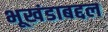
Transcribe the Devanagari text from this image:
भूखंडाबद्दल